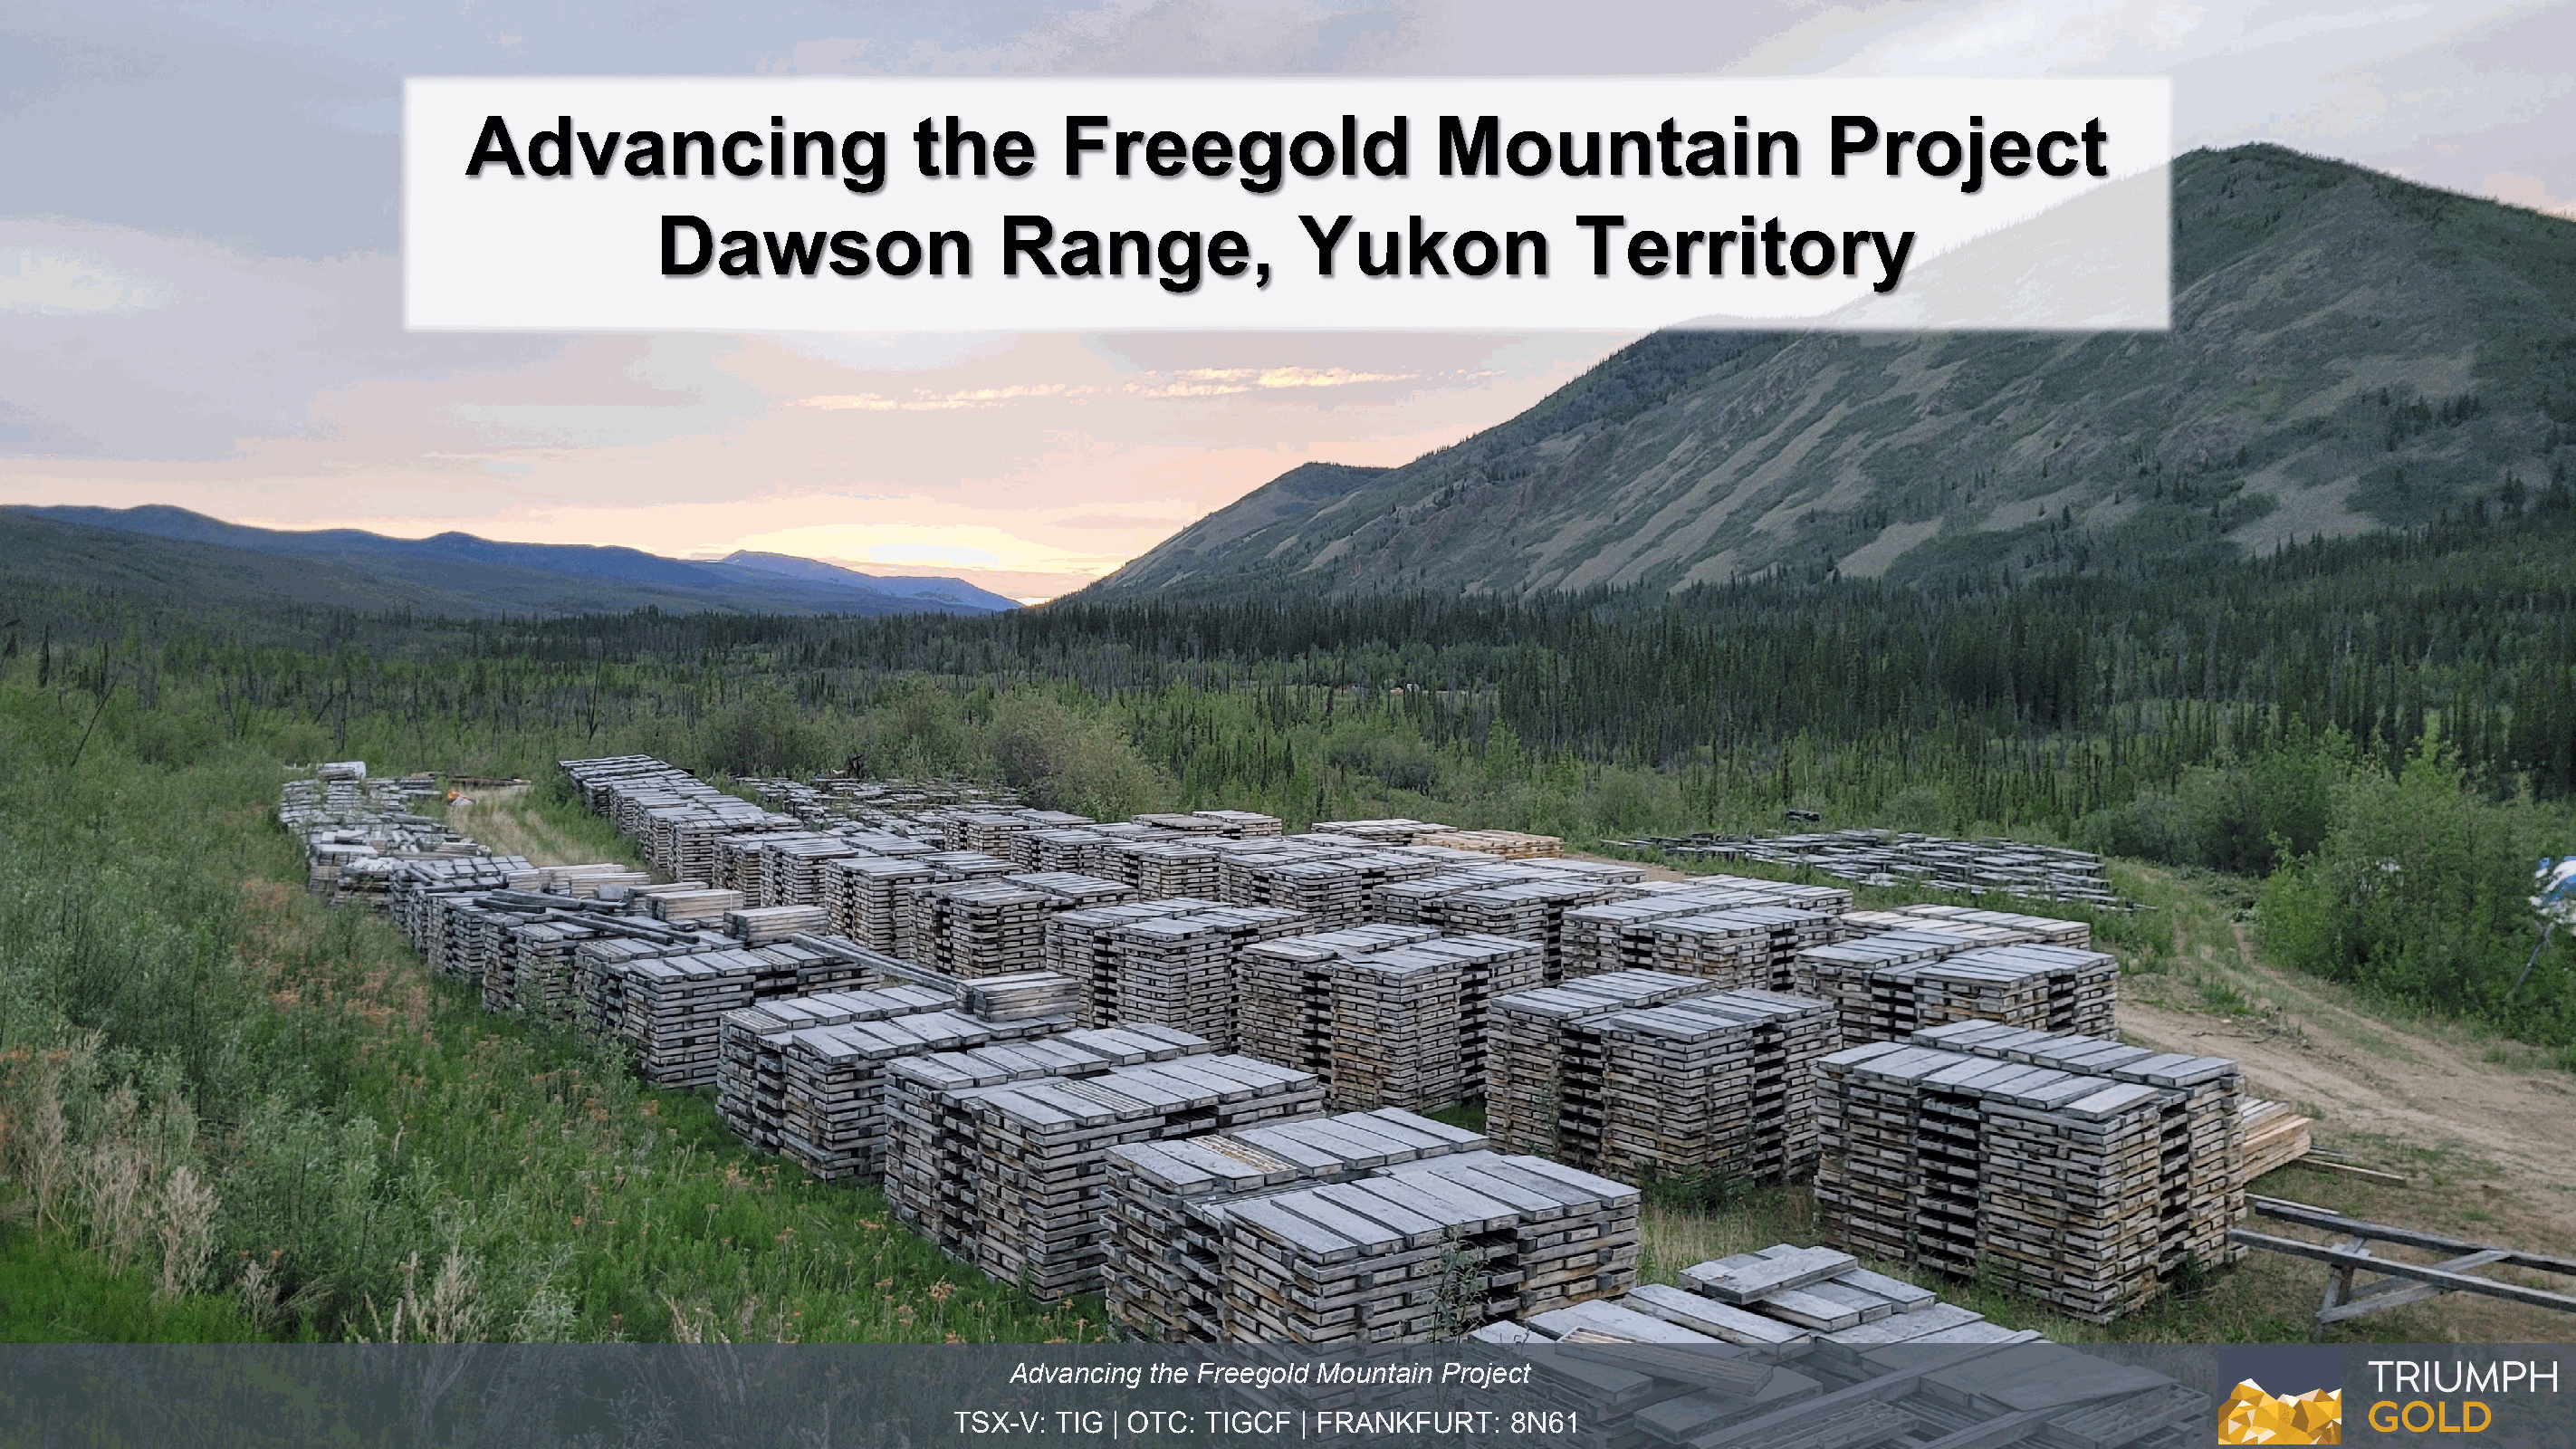
Advancing                        the        Freegold                   Mountain                    Project
 Dawson                   Range,                Yukon               Territory
 Advancing the Freegold Mountain Project
 TSX-V: TIG | OTC: TIGCF  | FRANKFURT:   8N61